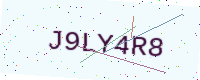
Text: J9LY4R8